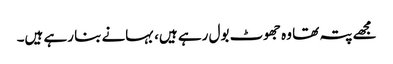
مجھے پتہ تھا وہ جھوٹ بول رہے ہیں، بہانے بنا رہے ہیں۔